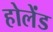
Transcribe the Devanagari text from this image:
होलेंड